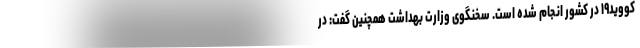
کووید۱۹ در کشور انجام شده است. سخنگوی وزارت بهداشت همچنین گفت: در